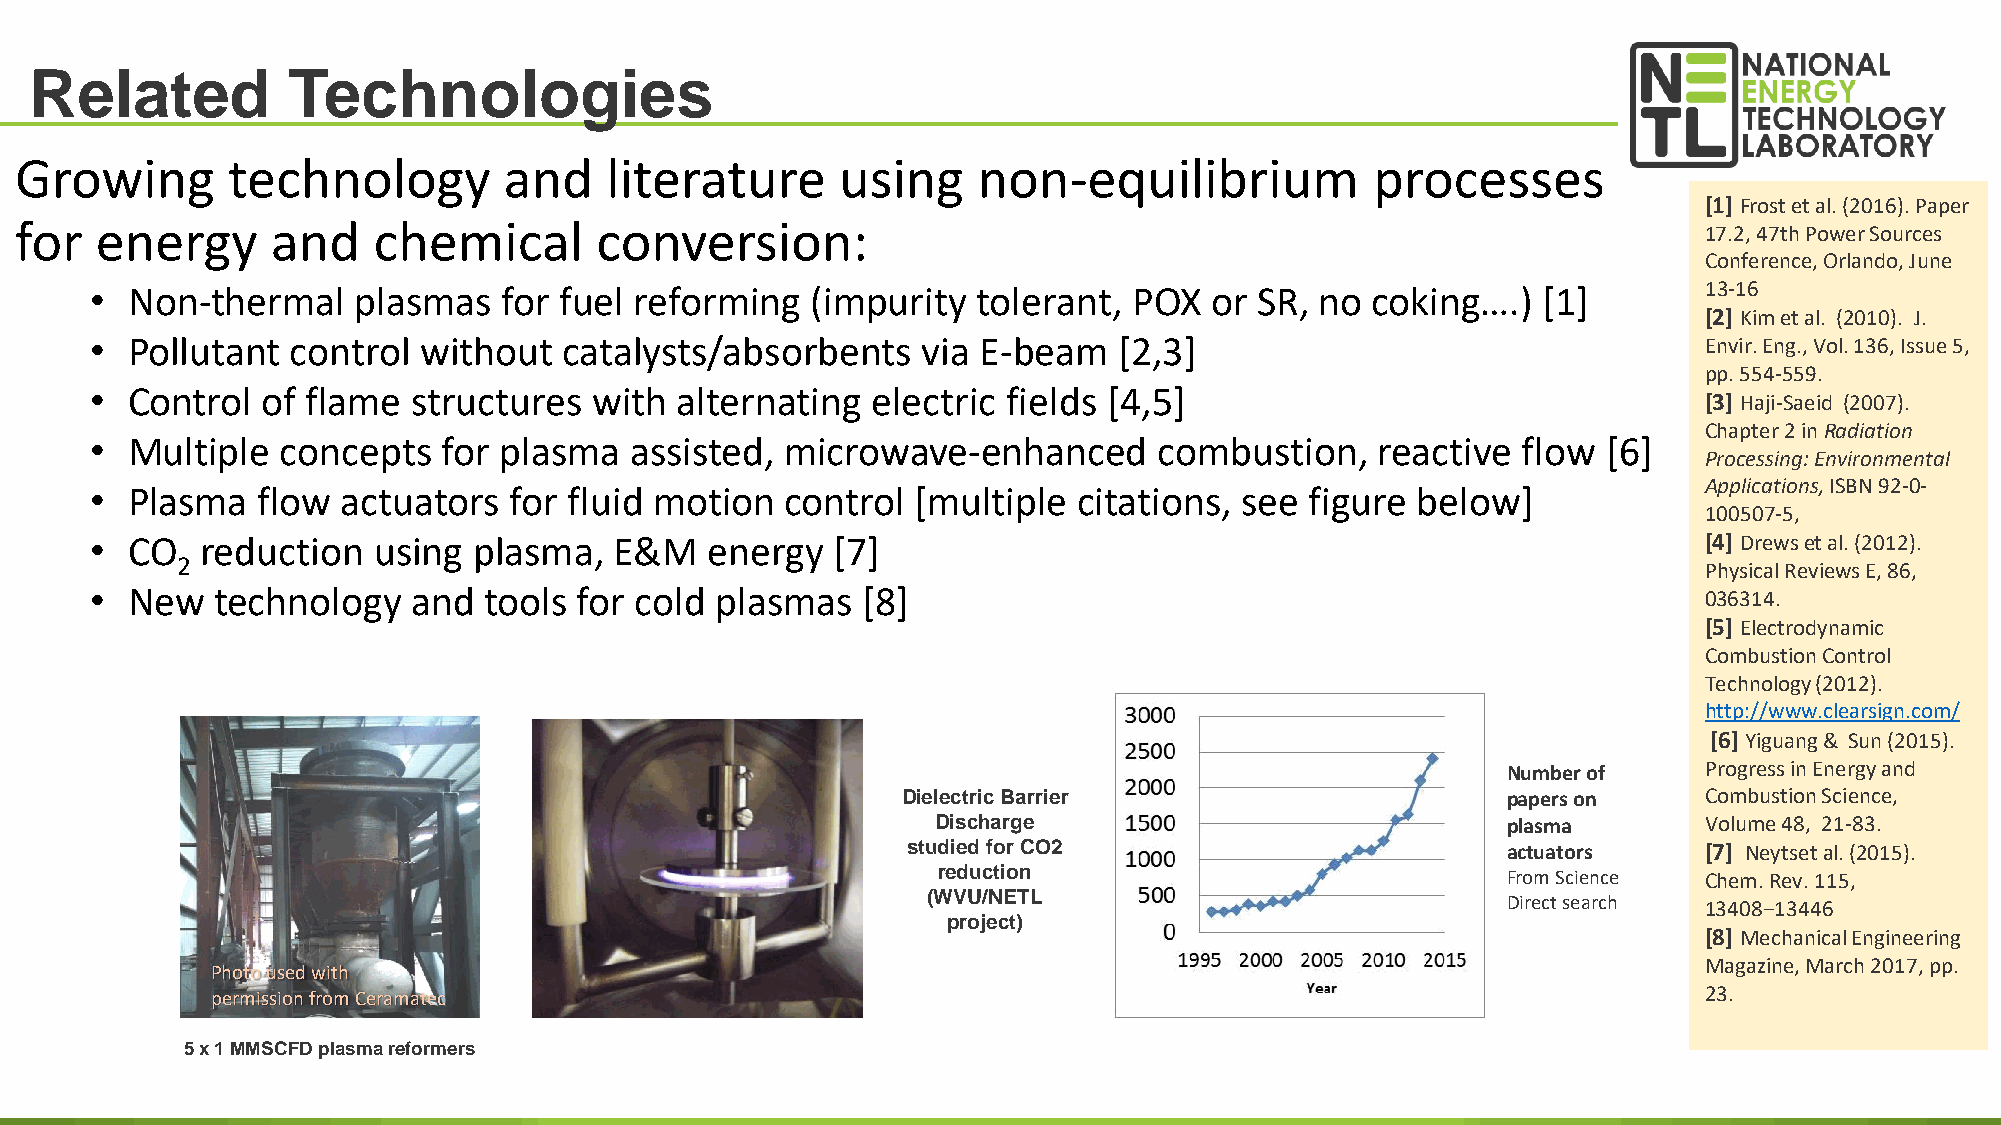
Related          Technologies
 Growing       technology        and    literature      using    non-equilibrium           processes
 [1] Frost et al. (2016). Paper
 for  energy      and    chemical      conversion:
 17.2, 47th Power Sources
 Conference, Orlando, June
 • Non-thermal    plasmas   for fuel reforming   (impurity  tolerant, POX  or SR, no  coking….)  [1]        13-16
 [2] Kim et al. (2010). J.
 • Pollutant  control  without  catalysts/absorbents    via E-beam   [2,3]                                  Envir. Eng., Vol. 136, Issue 5,
 pp. 554-559.
 • Control  of flame  structures  with  alternating  electric fields [4,5]
 [3] Haji-Saeid (2007).
 Chapter 2 in Radiation
 • Multiple   concepts  for plasma   assisted, microwave-enhanced       combustion,   reactive  flow [6]
 Processing: Environmental
 • Plasma   flow  actuators  for fluid motion  control  [multiple citations, see  figure below]             Applications,ISBN 92-0-
 100507-5,
 • CO   reduction   using plasma,   E&M   energy  [7]                                                       [4] Drewset al. (2012).
 2
 Physical Reviews E, 86,
 • New   technology   and  tools for cold plasmas   [8]                                                     036314.
 [5] Electrodynamic
 Combustion Control
 Technology (2012).
 http://www.clearsign.com/
 [6] Yiguang& Sun (2015).
 Number of    Progress in Energy and
 Dielectric Barrier                      papers on    Combustion Science,
 Discharge                             plasma       Volume 48, 21-83.
 studied for CO2                         actuators    [7] Neytsetal. (2015).
 reduction
 From Science Chem. Rev. 115,
 (WVU/NETL
 Direct search 13408−13446
 project)
 [8] Mechanical Engineering
 Magazine, March 2017, pp.
 Photo used with
 permission from Ceramatec                                                                          23.
 5 x 1 MMSCFD plasma reformers
 10